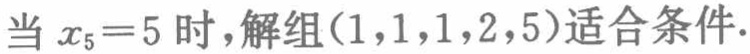
（2）从水中每经过一次陆地到水中，脱鞋与穿鞋的次数和为 \(2\) 的倍数，由于 \(A\) 点在水中，所以不管怎么走，走在水中时，脱鞋、穿鞋的次数的和总是偶数，可见 \(B\) 点必在岸上。